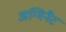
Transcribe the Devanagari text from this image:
अग्मिनैट